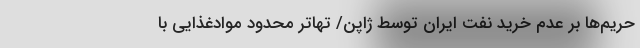
حریم‌ها بر عدم خرید نفت ایران توسط ژاپن/ تهاتر محدود موادغذایی با